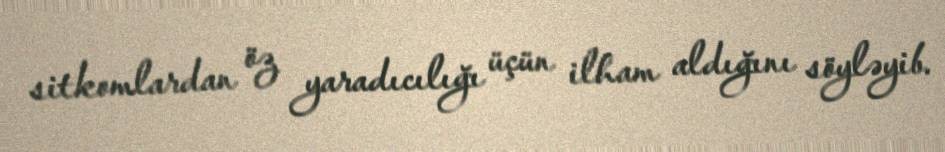
sitkomlardan öz yaradıcılığı üçün ilham aldığını söyləyib.